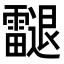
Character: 𨙝